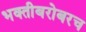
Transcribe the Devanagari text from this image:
भक्तीबरोबरच